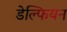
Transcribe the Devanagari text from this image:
डेल्फियन